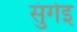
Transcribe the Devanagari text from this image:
सुंगेइ